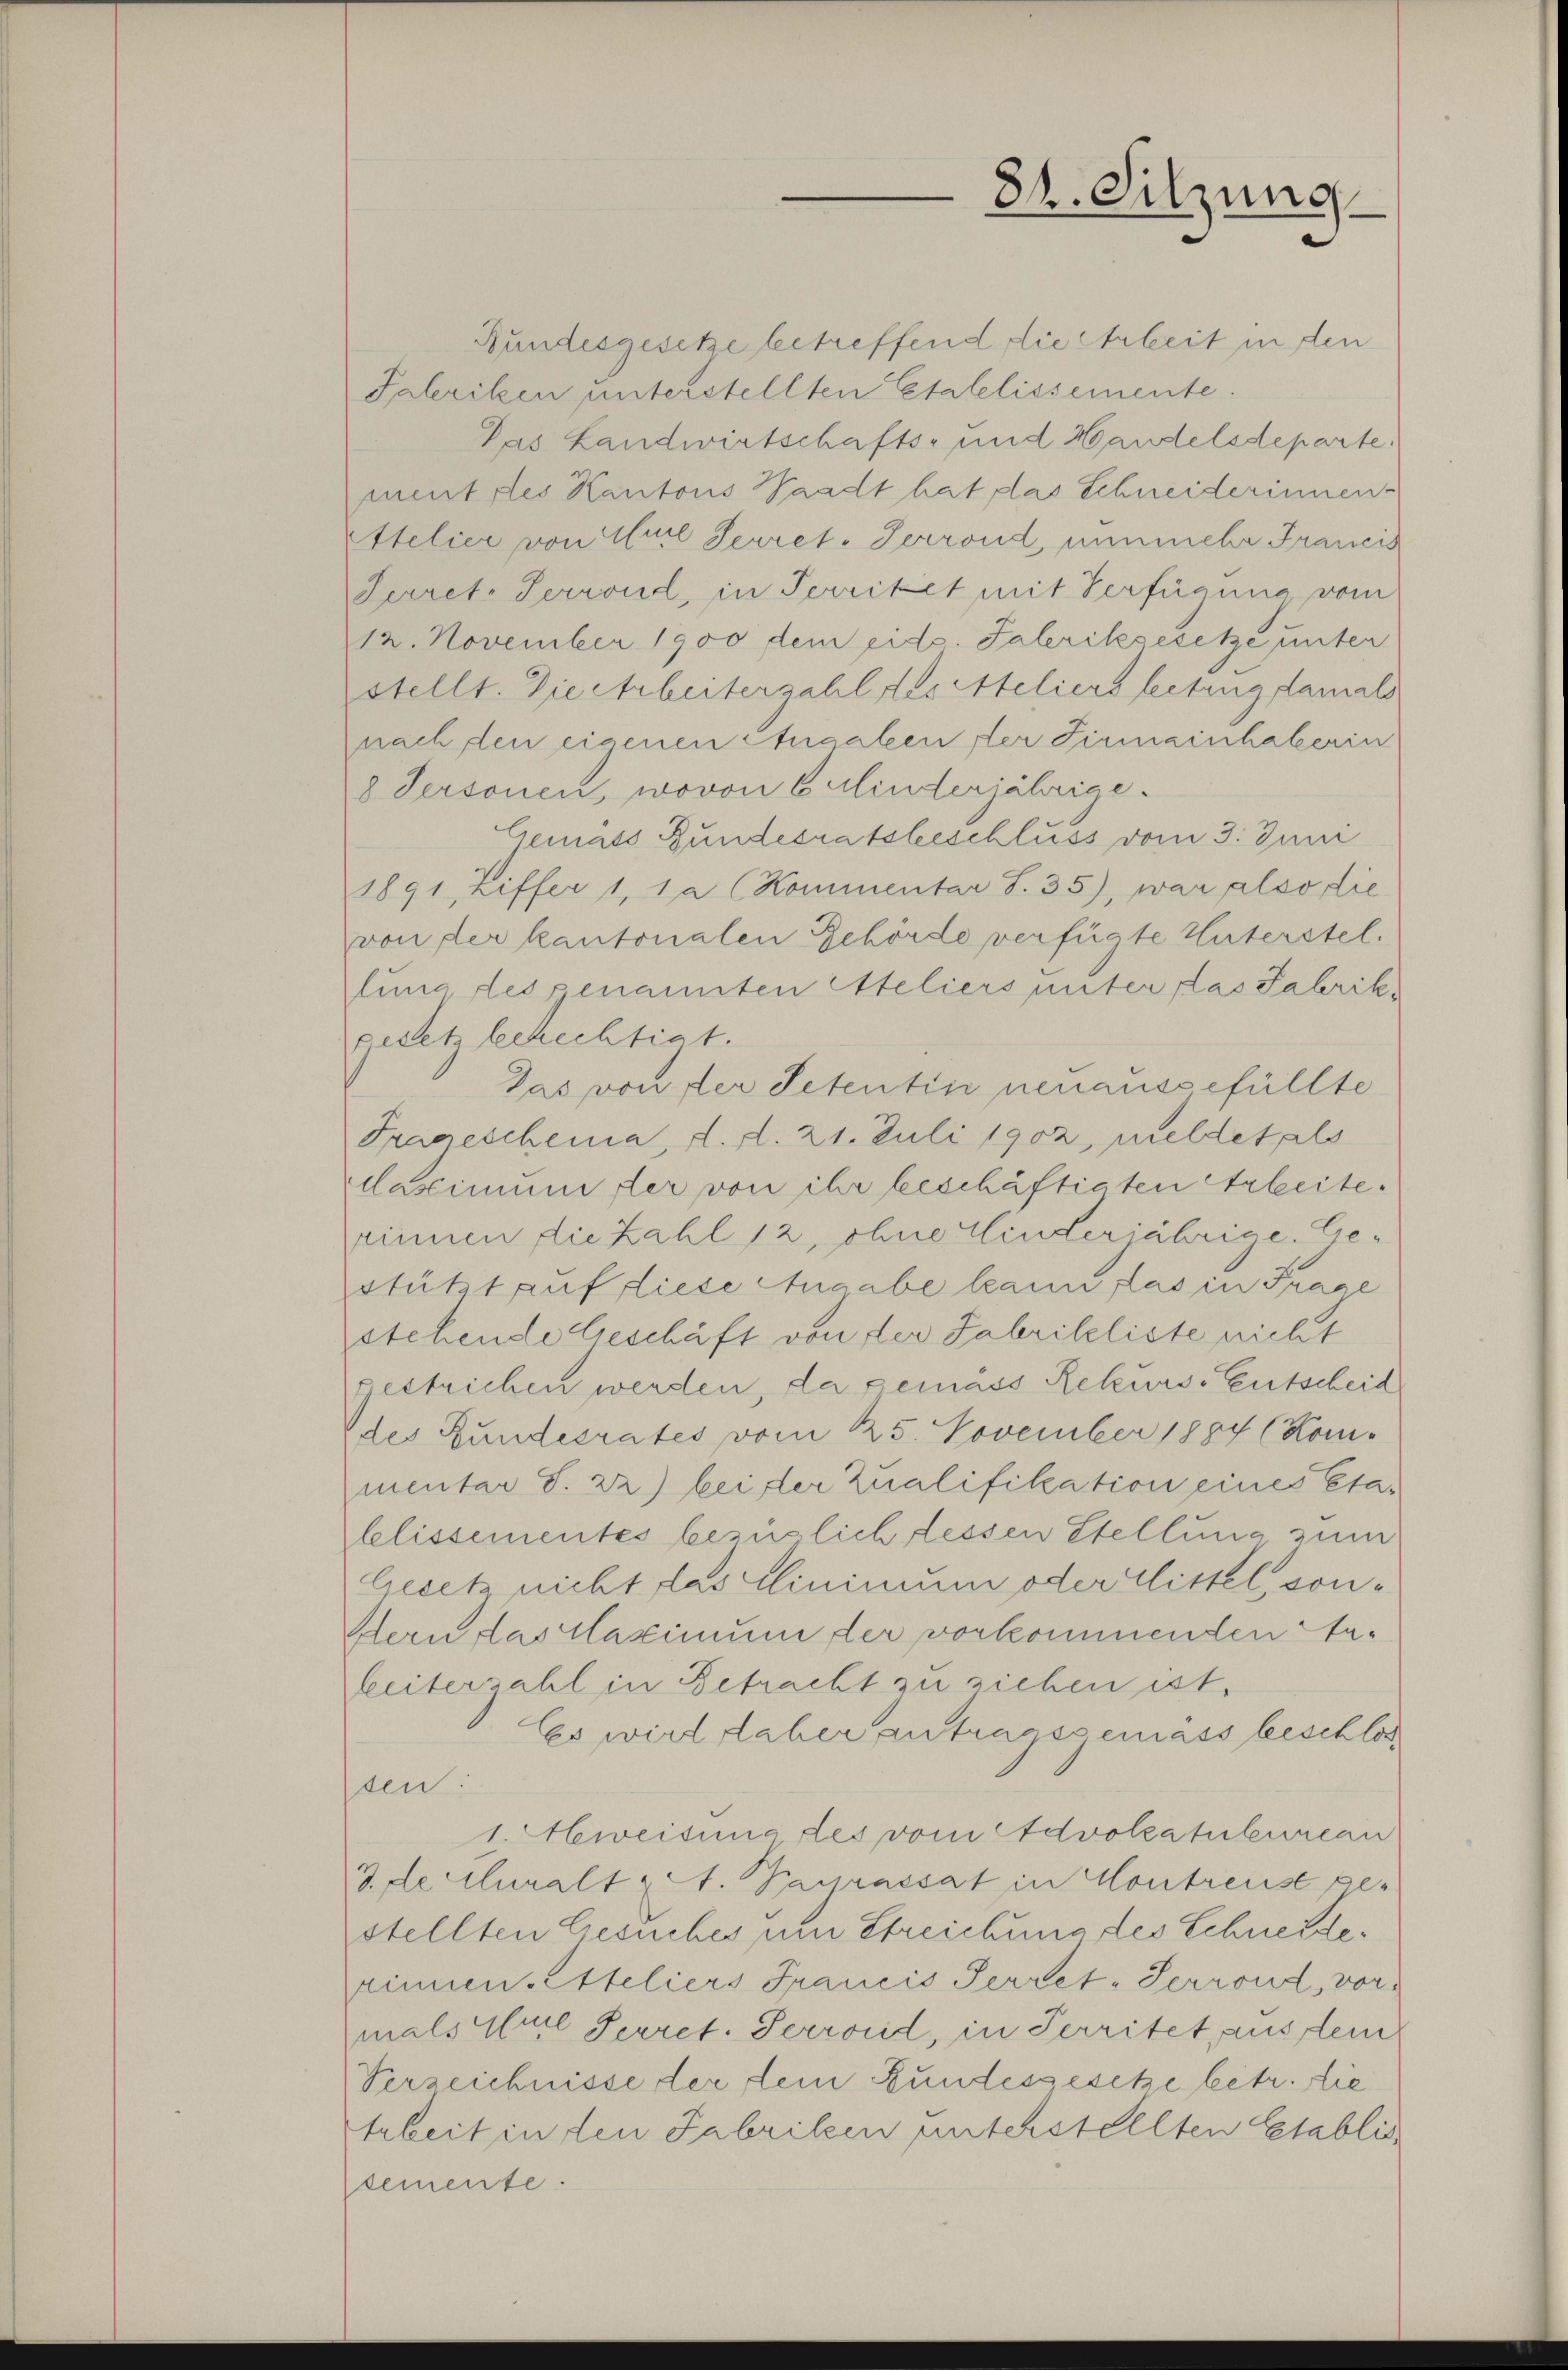
Bundesgesetze betreffend die Arbeit in den
Paleriken unterstellten Etalelissemente.
Das Landwirtschafts- und Handelsdeparte
ment des Kantons Waadt hat das Schneiderinnen.
Atelier von Auel Secret-Terrond, nunmehr Francis
Secret. Perrond, in Territet mit Verfügung vom
12. November 1900 dem eid. Taleriksesetze unter
stellt. Die Arbeiterzahl des Ateliers leitung damals
nach den eigenen Augaleen der Firmainhaberin
8 Personen, wovon 6 Kinderjährige.
Gemäss Bundesratsbeschluss vom 3. Juni
1891 Ziffer 1, 1 a (Kommentar S. 35), war also die
von der kantonalen Behörde verfügte Huterstellung dessenannten Ateliers unter das Fabrik.
gesetz bechechtigt.
Das von der Petentin neuausgefüllte
Frageschema, d. d. 21. Juli 1902, meldet als
läsimum der von ihr beschäftigten Arbeite.
rinnen die Zahl 12, ohne Kinderjährige Gestützt auf diese Angabe kann das in Frage
stehende Geschäft von der Fabrikeliste nicht
gestrichen werden, da gemäss Rekurs-Entscheid
des Bundesrates vom 25. November 1884 (Kommentar S. 22) bei der Zualifikation eines Etablissementes bezüglich dessen Stellung zum
Gesetz nicht das Clinimum oder rittel, son¬
Hern das Maximum der vorkommenden Stabeiterzahl in Betracht zu ziehen ist.
Es wird daher antragsgemass beschlos
ten:
1. weitung des vom Advokatuteureau
3. de cluralt St. Pagrassat in Kontreuse per
stellten Gesuches um Streichung des Schneiderinnen Etteliers Francis Terret-Serrond, vor
mals Weil Perret. Serrond, in Perritet, aus dem
Verzeichnisse der dem Bundesgesetze betr. die
Arbeit in den Fabriken unterstellten Etablissemente.

84. Sitzung